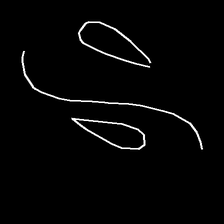
Glyph: water